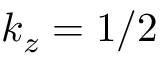
k _ { z } = 1 / 2